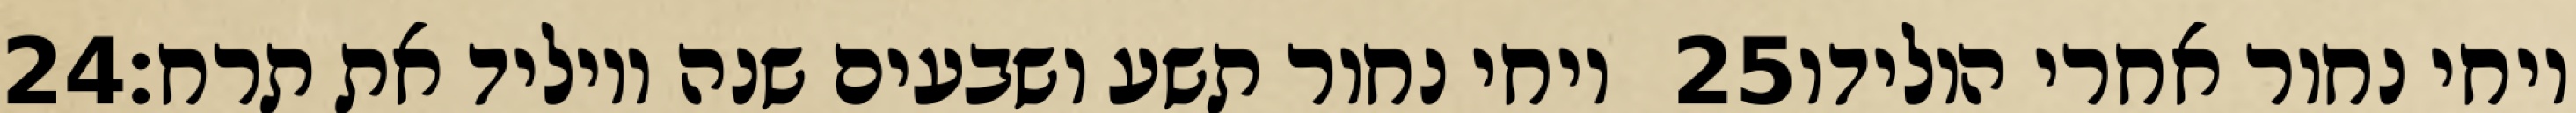
‎24‏ ויחי נחור תשע ושבעים שנה ויוליד את תרח׃ ‎25‏ ויחי נחור אחרי הולידו